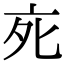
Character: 𬽇